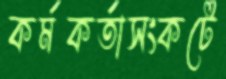
কর্মকর্তাসংকটে